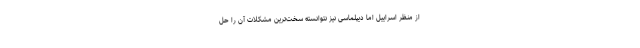
از منظر اسراییل اما دیپلماسی نیز نتوانسته سخت‌ترین مشکلات آن را حل